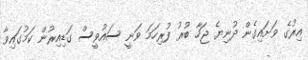
އިރުގެ ވަށައިގެން ދުނިޔެ ޖަހާ ބުރު ފުރިހަމަ ވަނީ ސައުވީސް ގަޑިއިރުން ކަމުގައިވާ